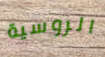
الروسية